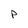
Character: P